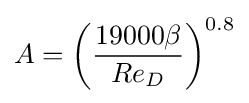
A={\bigg (}{\frac {19000\beta }{Re_{D}}}{\bigg )}^{0.8}